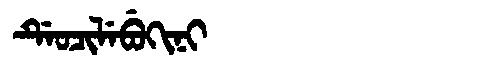
Manchu: ᡩᡝᠣᠴᡳᠯᡝᠪᡠᡴᡳᠨᡳ
Romanization: DEOCILEBUKINI